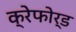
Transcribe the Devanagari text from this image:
क्रेफोर्ड